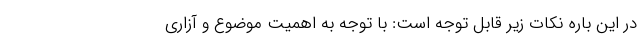
در این باره نکات زیر قابل توجه است: با توجه به اهمیت موضوع و آزاری